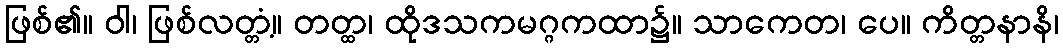
ဖြစ်၏။ ဝါ၊ ဖြစ်လတ္တံ့။ တတ္ထ၊ ထိုဒသကမဂ္ဂကထာ၌။ သာကေတ၊ ပေ။ ကိတ္တနာနိ၊